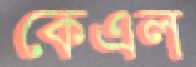
কেএল